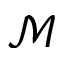
\mathscr { M }